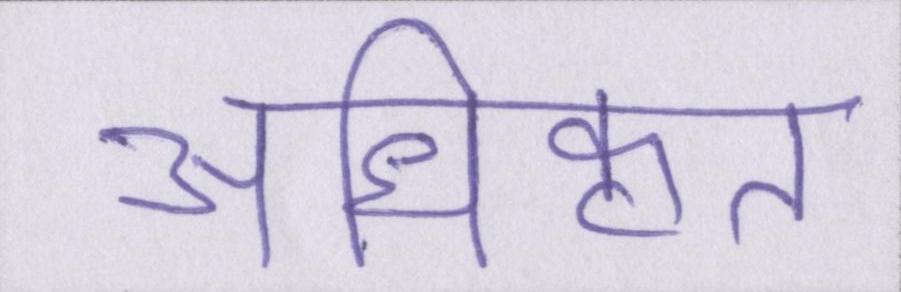
अधिकृत